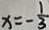
x = - \frac { 1 } { 3 }